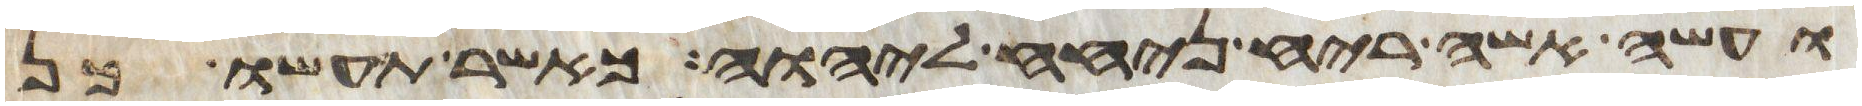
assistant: ועשה אשה ריח ניחח ליהוה כאשר תעשו כן